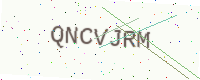
Text: QNCVJRM